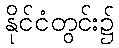
နိုင်ငံတွင်း၌